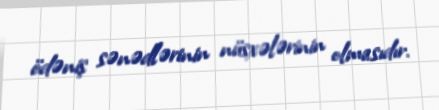
ödəniş sənədlərinin nüsxələrinin olmasıdır.